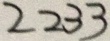
2 2 3 3